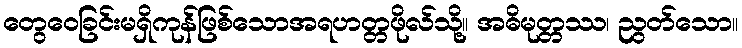
တွေဝေခြင်းမရှိကုန်ဖြစ်သောအရဟတ္တဖိုလ်သို့။ အဓိမုတ္တဿ၊ ညွတ်သော။